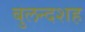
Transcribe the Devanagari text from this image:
बुलन्दशह